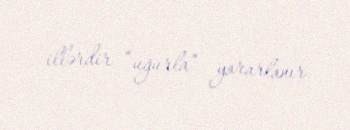
illərdir “uğurla” yararlanır.